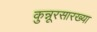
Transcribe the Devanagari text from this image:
कुन्नूरसारख्या